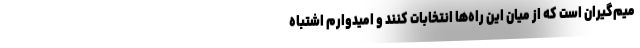
میم‌گیران است که از میان این راه‌ها انتخابات کنند و امیدوارم اشتباه